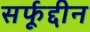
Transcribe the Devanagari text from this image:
सर्फूद्दीन